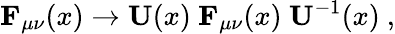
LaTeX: {\mathbf F}_{\mu\nu}(x)\to{\mathbf U}(x)\ {\mathbf F}_{\mu\nu}(x)\ {\mathbf U}^{-1}(x)~,